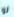
لو